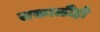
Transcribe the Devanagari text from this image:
सकाळीही